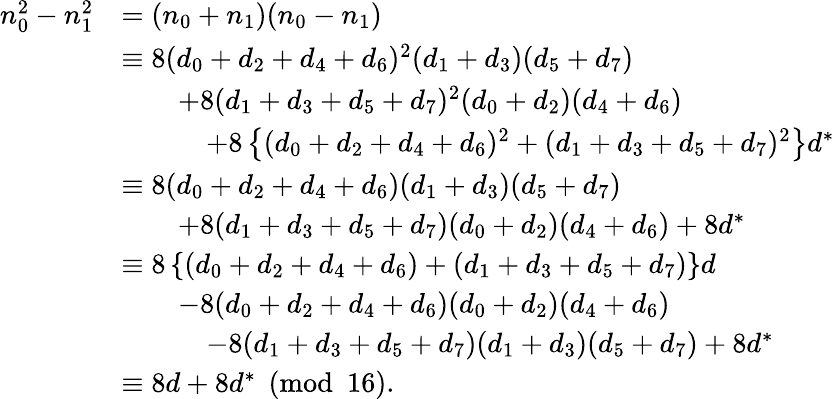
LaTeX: \begin{array}{rl}{n_{0}^{2}-n_{1}^{2}}&{=(n_{0}+n_{1})(n_{0}-n_{1})}\\ &{\equiv 8(d_{0}+d_{2}+d_{4}+d_{6})^{2}(d_{1}+d_{3})(d_{5}+d_{7})}\\ &{\qquad+8(d_{1}+d_{3}+d_{5}+d_{7})^{2}(d_{0}+d_{2})(d_{4}+d_{6})}\\ &{\qquad\quad+8\left\{ (d_{0}+d_{2}+d_{4}+d_{6})^{2}+(d_{1}+d_{3}+d_{5}+d_{7})^{2}\right\} d^{*}}\\ &{\equiv 8(d_{0}+d_{2}+d_{4}+d_{6})(d_{1}+d_{3})(d_{5}+d_{7})}\\ &{\qquad+8(d_{1}+d_{3}+d_{5}+d_{7})(d_{0}+d_{2})(d_{4}+d_{6})+8d^{*}}\\ &{\equiv 8\left\{ (d_{0}+d_{2}+d_{4}+d_{6})+(d_{1}+d_{3}+d_{5}+d_{7})\right\} d}\\ &{\qquad-8(d_{0}+d_{2}+d_{4}+d_{6})(d_{0}+d_{2})(d_{4}+d_{6})}\\ &{\qquad\quad-8(d_{1}+d_{3}+d_{5}+d_{7})(d_{1}+d_{3})(d_{5}+d_{7})+8d^{*}}\\ &{\equiv 8d+8d^{*}\pmod{16}.}\end{array}